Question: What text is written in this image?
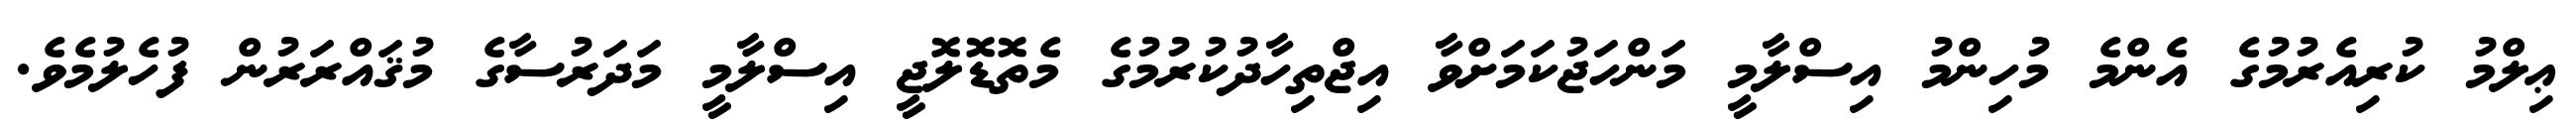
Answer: ޢިލްމު ކުރިއެރުމުގެ އެންމެ މުހިންމު އިސްލާމީ މަންހަޖުކަމަށްވާ އިޖްތިހާދުކުރުމުގެ މެތޮޑޮލޮޖީ އިސްލާމީ މަދަރުސާގެ މުޤައްރަރުން ފުހެލުމެވެ.